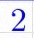
2